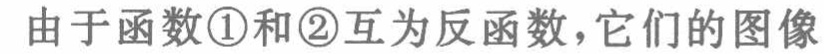
由于函数\textcircled{1}和\textcircled{2}互为反函数，它们的图像